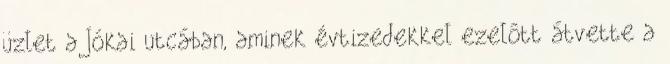
üzlet a Jókai utcában, aminek évtizedekkel ezelôtt átvette a